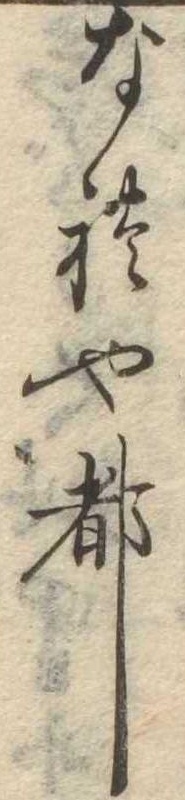
なれや都